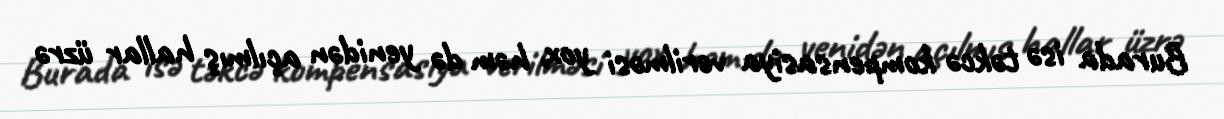
Burada isə təkcə kompensasiya verilməsi yox, həm də yenidən açılmış hallar üzrə